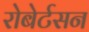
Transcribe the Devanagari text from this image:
रोबेर्टसन